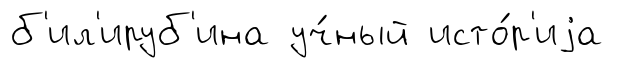
б'ил'ируб'ина уч́ный исто́р'иjа